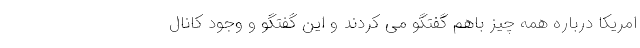
امریکا درباره همه چیز باهم گفتگو می کردند و این گفتگو و وجود کانال